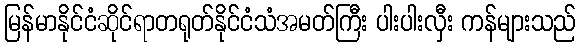
မြန်မာနိုင်ငံဆိုင်ရာတရုတ်နိုင်ငံသံအမတ်ကြီး ပါးပါးလှီး ကန်များသည်